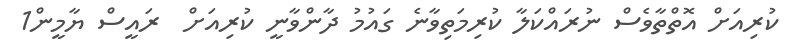
ކުރިއަށް އޮތްތާވެސް ނުރައްކަލާ ކުރިމަތިވާނެ ގައުމު ދާންވާނީ ކުރިއަށް  ރައީސް ޔާމީން1